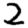
Digit: 2